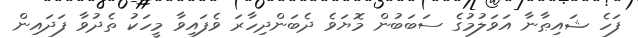
ފަހެ ޝައިޠާނާ އަވަލުމުގެ ސަބަބުން މޮޔަވެ ދެބަންދިހާރަ ވެފައިވާ މީހަކު ތެދުވާ ފަދައިން